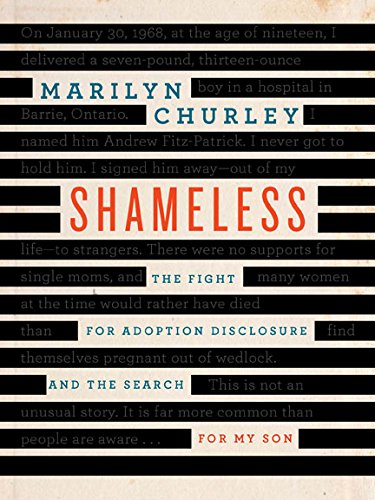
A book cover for Shameless: The Fight for Adoption Disclosure and the Search for My Son; Marilyn Churley; Law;